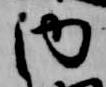
内